Lock hospitals Punjab
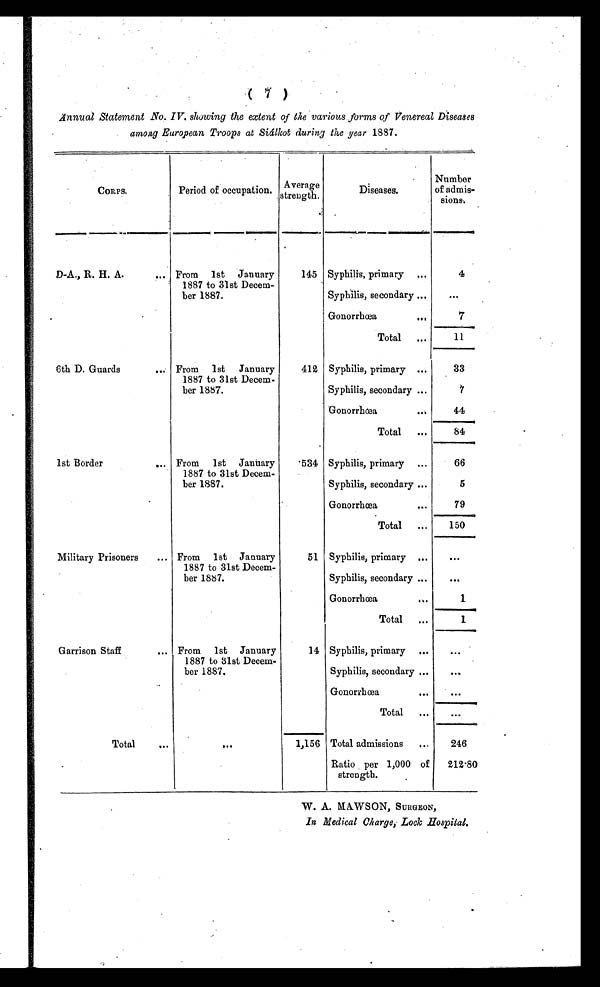
Annual Statement No. IV. showing the extent of the various forms of Venereal Diseases
among European Troops at Siálkot during the year 1887.
CORPS.
Period of occupation.
Average
strength.
Diseases.
Number
of admis-
sions.
D-A ., R. H. A.
... From 1 st January
1887 to 31st Decem-
ber 1887.
145 Syphilis, primary ...
4
Syphilis, secondary ...
. . .
Gonorrhœa
. . .
7
Total
...
1 1
6th D. Guards
... From 1 st January
1887 to 31st Decem-
ber 1887.
412 Syphilis, primary ...
33
Syphilis, secondary ...
7
Gonorrhœa
44
Total
...
84
1st Border
... From 1 st January
1887 to 31st Decem-
ber 1887.
534 Syphilis, primary ...
66
Syphilis, secondary ...
5
Gonorrhœa
. . .
79
Total
...
150
Military Prisoners
... From 1st January
1887 to 31st Decem-
ber 1887.
51 Syphilis, primary ...
...
Syphilis, secondary ...
. . .
Gonorrhœa
. . .
1
Total
...
1
Garrison Staff
... From 1st January
1887 to 81st Decem-
ber 1887.
14 Syphilis, primary
. . .
. . .
Syphilis, secondary ...
...
Gonorrhœa
. . .
...
Total
...
. . .
Total
. . . . . .
1,156 Total admissions
...
246
Ratio per 1,000 of
strength.
212.80
W. A. MAWSON, SURGEON,
In Medical Charge, Lock Hospital.